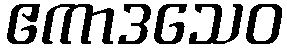
ဧကာဒသေဝ